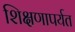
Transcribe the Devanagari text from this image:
शिक्षणापर्यत